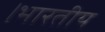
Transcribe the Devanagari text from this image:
।भारतीय